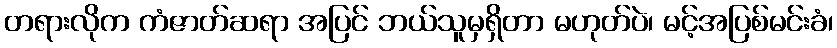
တရားလိုက ကံဇာတ်ဆရာ အပြင် ဘယ်သူမှရှိတာ မဟုတ်ပဲ၊ မင့်အပြစ်မင်းခံ၊